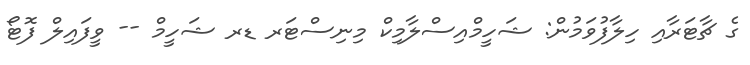
ގެ ޗާޓަރާއި ހިލާފުވަމުން: ޝަހީމްއިސްލާމިކް މިނިސްޓަރ ޑރ ޝަހީމް -- ވީފައިލް ފޮޓޯ